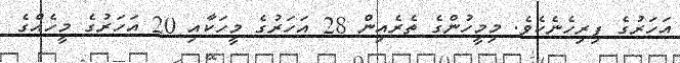
އަހަރުގެ ފިރިހެނެކެވެ. މިމީހުންގެ ތެރެއިން 28 އަހަރުގެ މީހަކާއި 20 އަހަރުގެ މީހެއްގެ